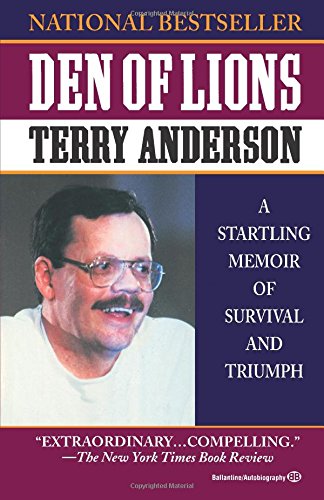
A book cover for Den of Lions: A Startling Memoir of Survival and Triumph; Terry Anderson; History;